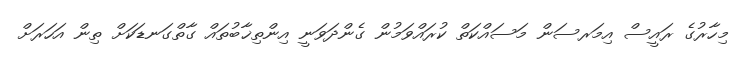
މިހާރުގެ ރައީސް އިމަރސަން މަސައްކަތް ކުރައްވަމުން ގެންދަވަނީ އިންތިޚާބުތައް ގާތްގަނޑަކަށް ތިން އަހަރަށް